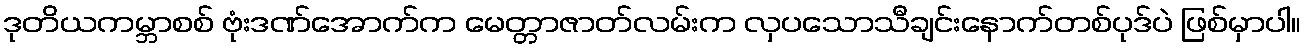
ဒုတိယကမ္ဘာစစ် ဗုံးဒဏ်အောက်က မေတ္တာဇာတ်လမ်းက လှပသောသီချင်းနောက်တစ်ပုဒ်ပဲ ဖြစ်မှာပါ။